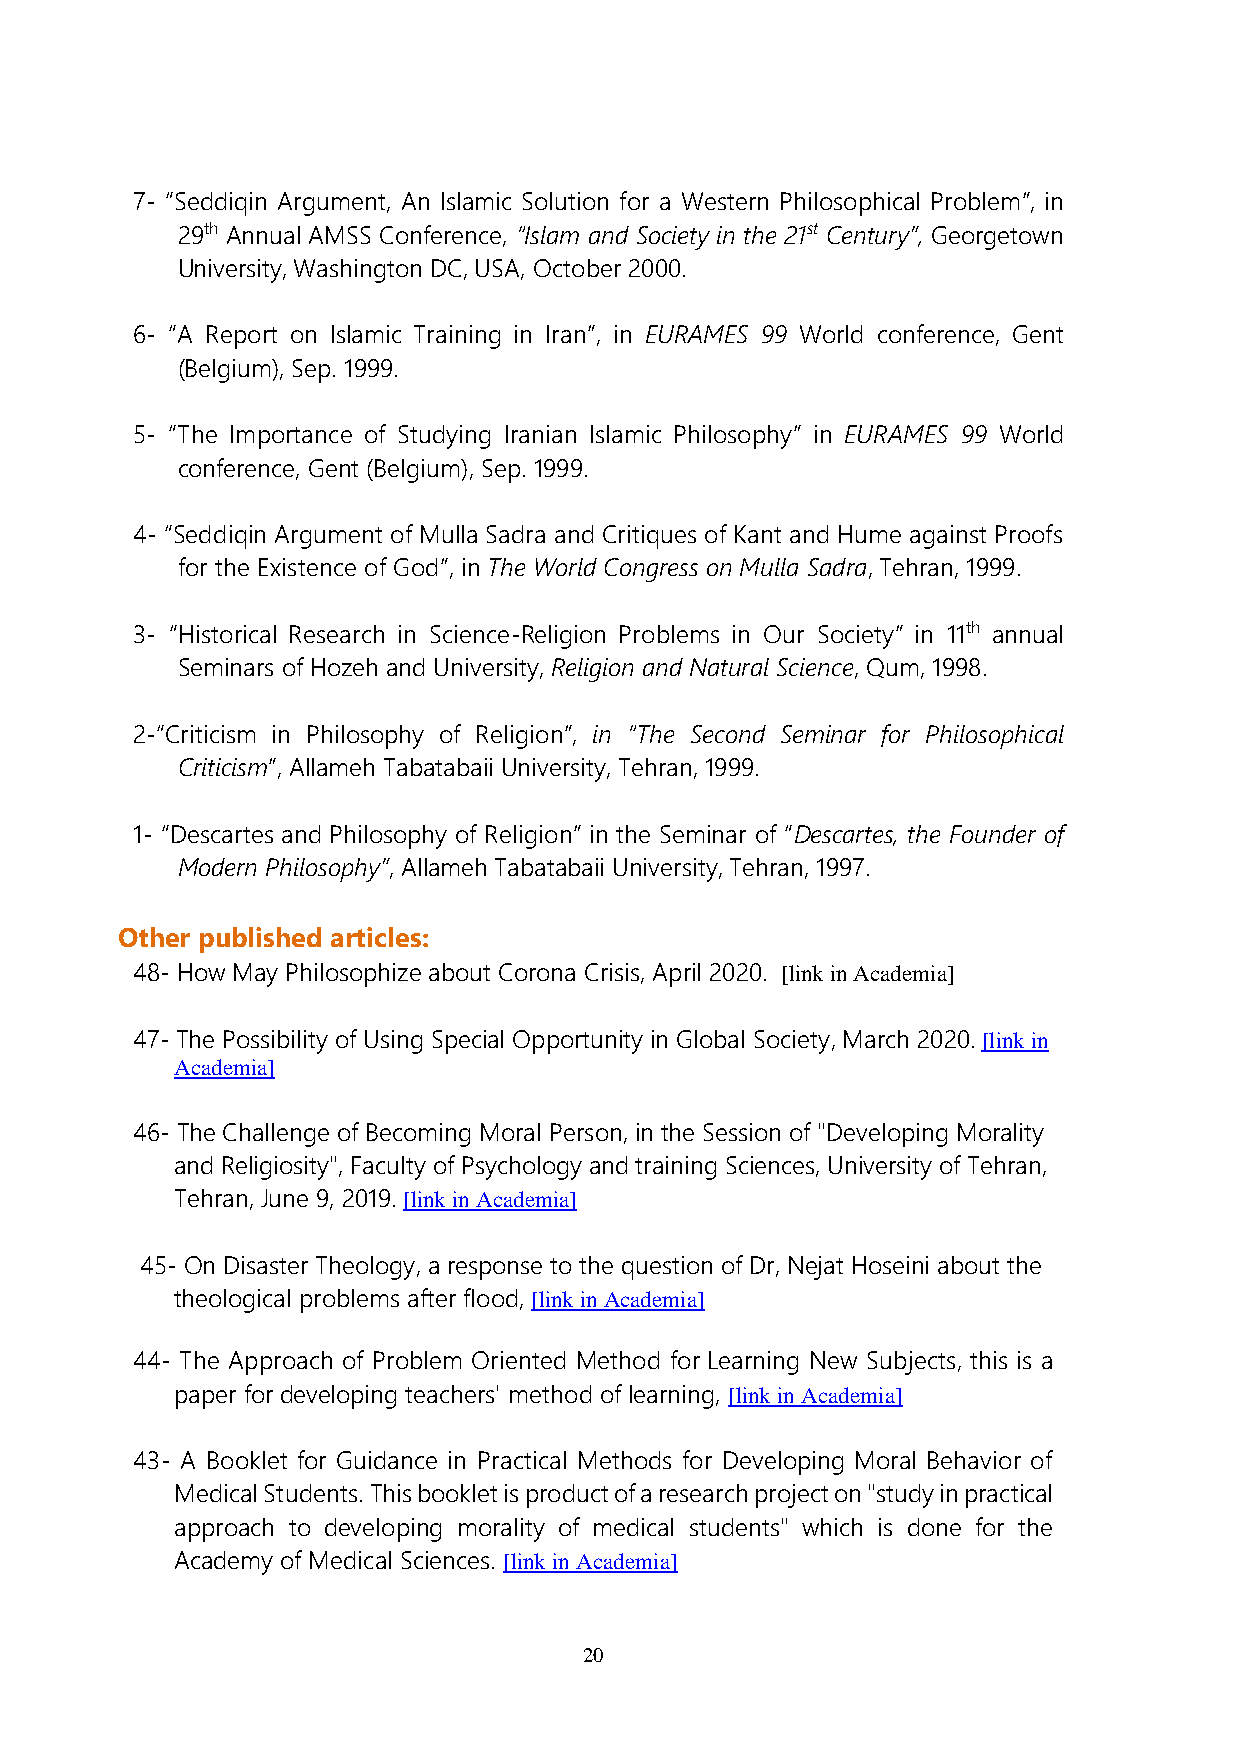
7- “Seddiqin Argument, An Islamic Solution for a Western Philosophical Problem”, in
 29th Annual AMSS Conference, “Islam and Society in the 21st Century”, Georgetown
 University, Washington DC, USA, October 2000.
 6- “A Report on Islamic Training in Iran”, in EURAMES 99 World conference, Gent
 (Belgium), Sep. 1999.
 5- “The Importance of Studying Iranian Islamic Philosophy” in EURAMES 99 World
 conference, Gent (Belgium), Sep. 1999.
 4- “Seddiqin Argument of Mulla Sadra and Critiques of Kant and Hume against Proofs
 for the Existence of God”, in The World Congress on Mulla Sadra, Tehran, 1999.
 3- “Historical Research in Science-Religion Problems in Our Society” in 11th annual
 Seminars of Hozeh and University, Religion and Natural Science, Qum, 1998.
 2-“Criticism in Philosophy of Religion”, in “The Second Seminar for Philosophical
 Criticism”, Allameh Tabatabaii University, Tehran, 1999.
 1- “Descartes and Philosophy of Religion” in the Seminar of “Descartes, the Founder of
 Modern Philosophy”, Allameh Tabatabaii University, Tehran, 1997.
 Other published articles:
 48- How May Philosophize about Corona Crisis, April 2020. [link in Academia]
 47- The Possibility of Using Special Opportunity in Global Society, March 2020. [link in
 Academia]
 46- The Challenge of Becoming Moral Person, in the Session of "Developing Morality
 and Religiosity", Faculty of Psychology and training Sciences, University of Tehran,
 Tehran, June 9, 2019. [link in Academia]
 45- On Disaster Theology, a response to the question of Dr, Nejat Hoseini about the
 theological problems after flood, [link in Academia]
 44- The Approach of Problem Oriented Method for Learning New Subjects, this is a
 paper for developing teachers' method of learning, [link in Academia]
 43- A Booklet for Guidance in Practical Methods for Developing Moral Behavior of
 Medical Students. This booklet is product of a research project on "study in practical
 approach to developing morality of medical students" which is done for the
 Academy of Medical Sciences. [link in Academia]
 20